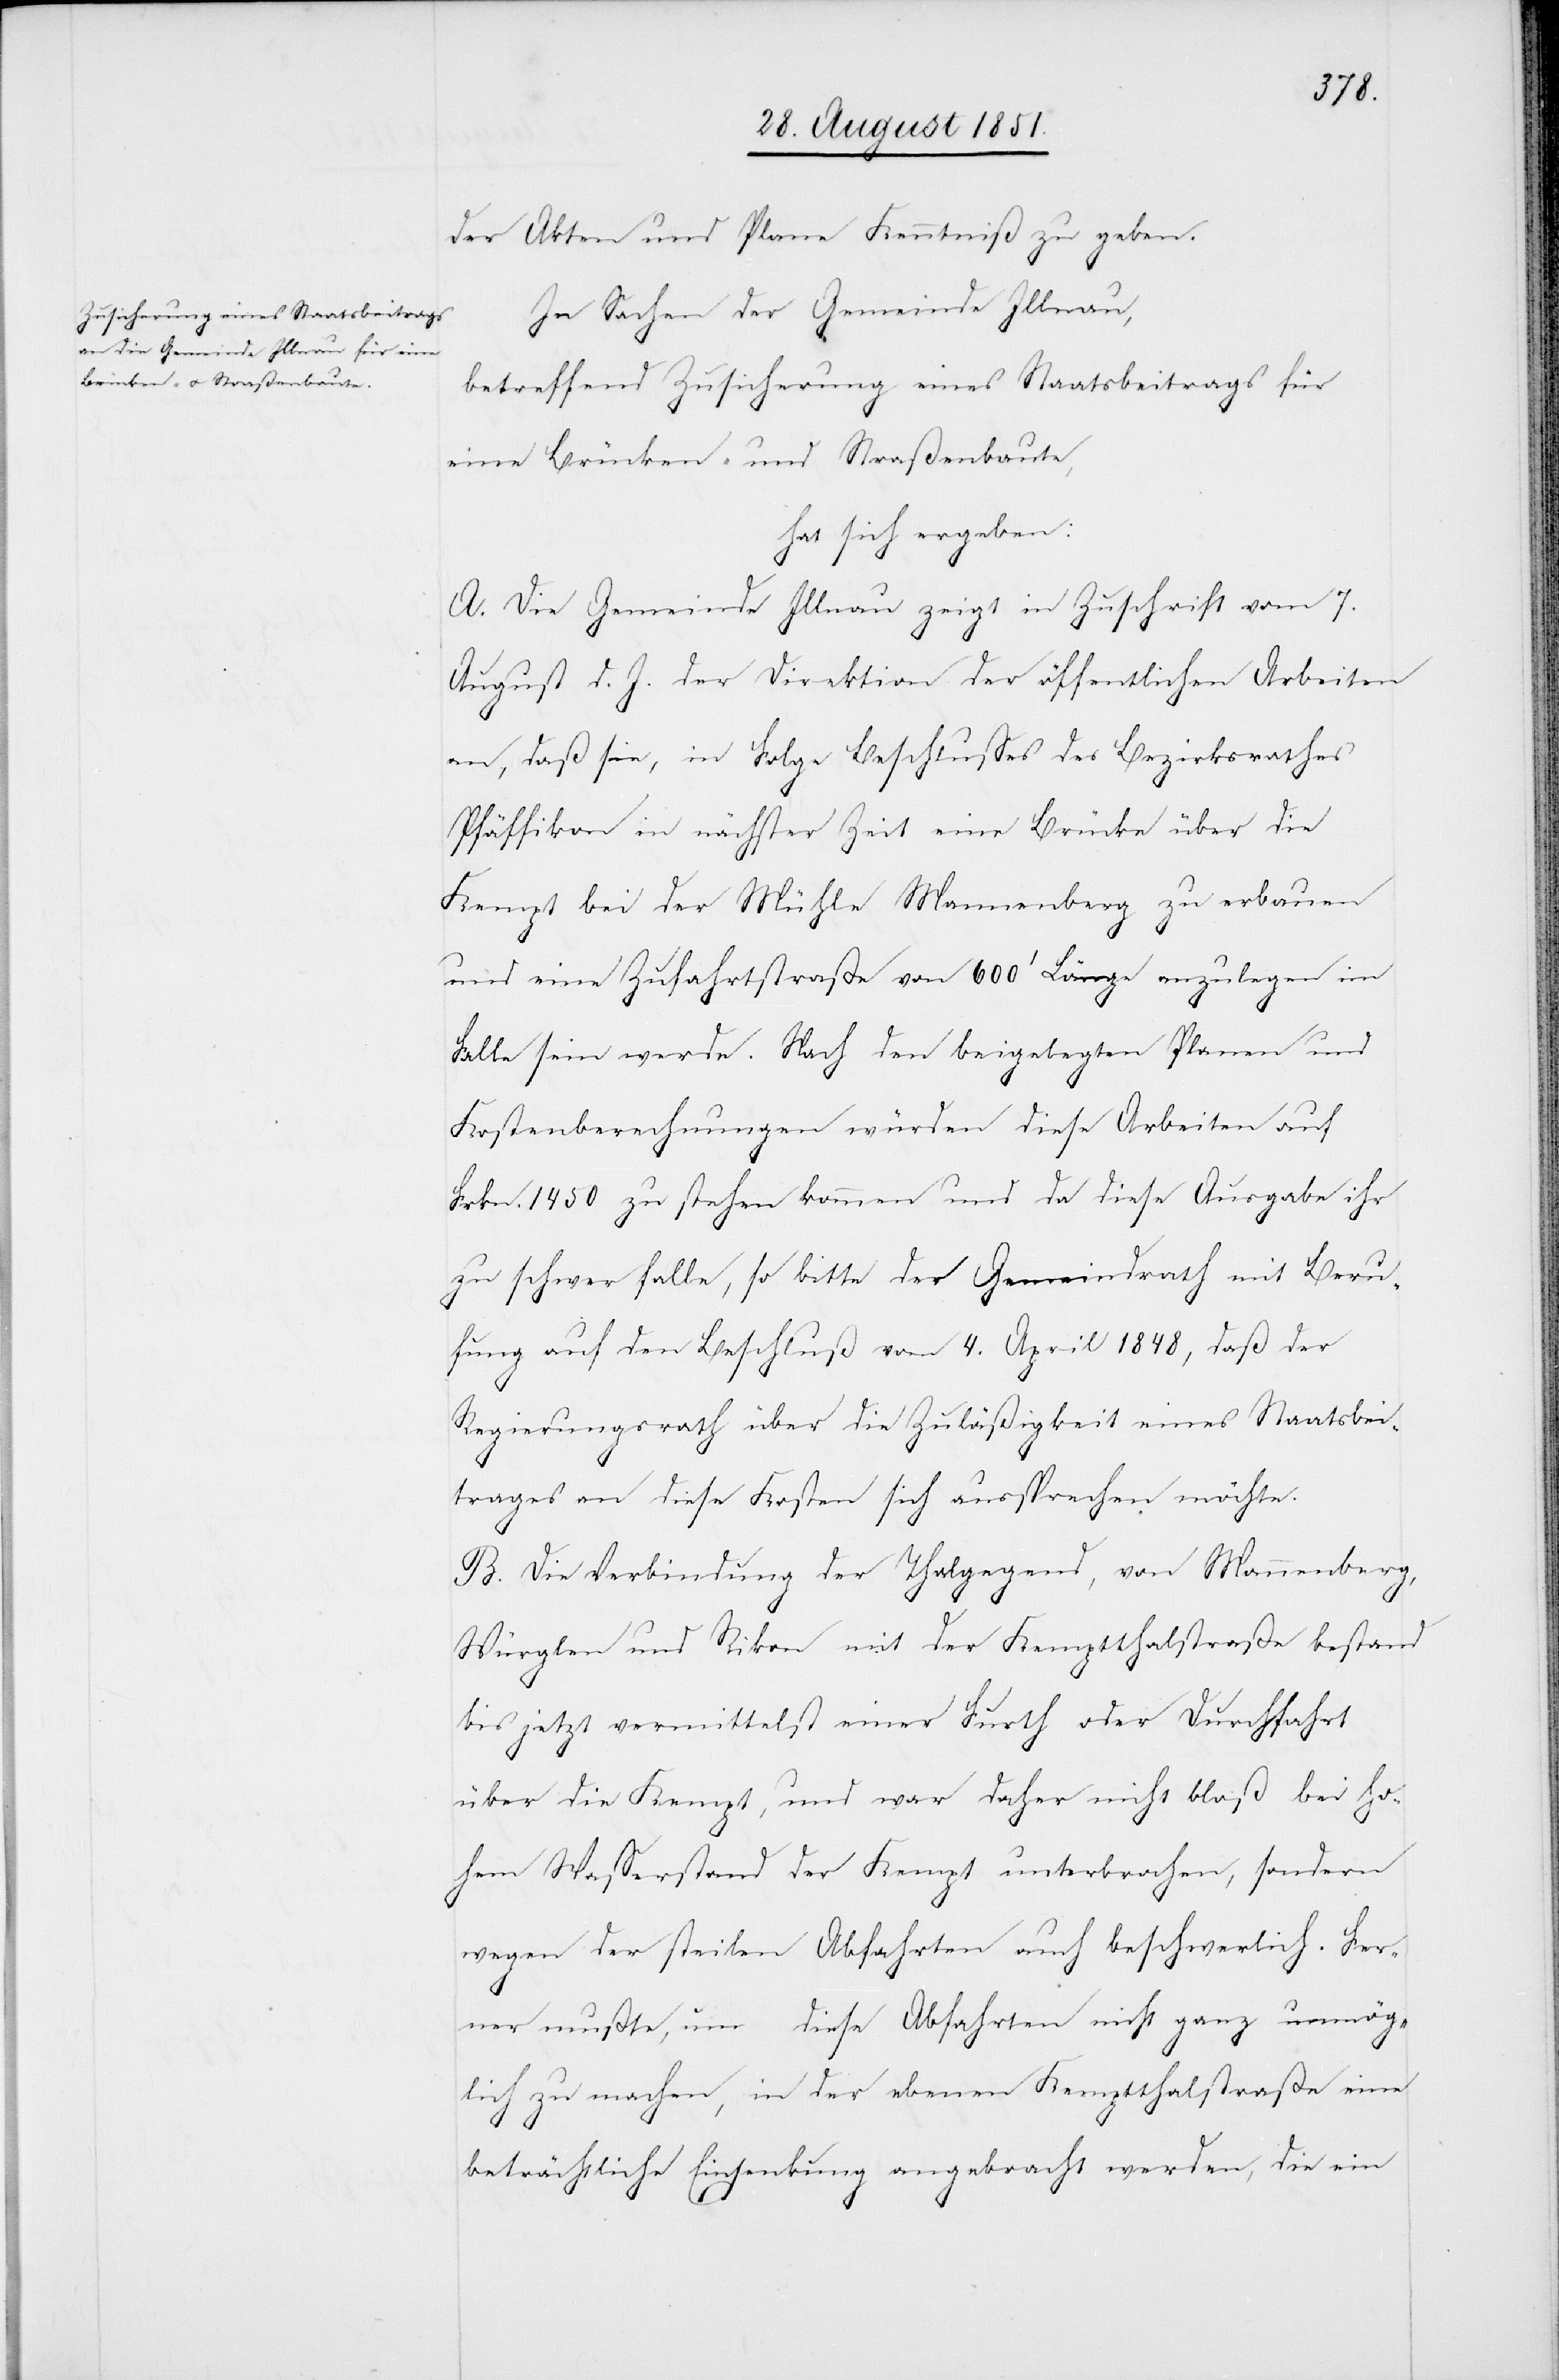
der Akten und Plane Kenntniß zu geben.
In Sachen der Gemeinde Illnau,
betreffend Zusicherung eines Staatsbeitrags für
eine Brücken- und Straßenbaute,
hat sich ergeben:
A. Die Gemeinde Illnau zeigt in Zuschrift vom 7.
August d. J. der Direktion der öffentlichen Arbeiten
an, daß sie, in Folge Beschlusses des Bezirksrathes
Pfäffikon in nächster Zeit eine Brücke über die
Kempt bei der Mühle Mannenberg zu erbauen
und eine Zufahrtstraße von 600‘ Länge anzulegen im
Falle sein werde. Nach den beigelegten Planen und
Kostenberechnungen würden diese Arbeiten auf
Frkn. 1450 zu stehen kommen und da diese Ausgabe ihr
zu schwer falle, so bitte der Gemeindrath mit Beru¬
fung auf den Beschluß vom 4. April 1848, daß der
Regierungsrath über die Zuläßigkeit eines Staatsbei¬
trages an diese Kosten sich aussprechen möchte.
B. Die Verbindung der Thalgegend, von Mannenberg,
Würglen und Rikon mit der Kemptthalstraße bestand
bis jetzt vermittelst einer Furth oder Durchfahrt
über die Kempt, und war daher nicht bloß bei ho¬
hem Wasserstand der Kempt unterbrochen, sondern
wegen der steilen Abfahrten auch beschwerlich. Fer¬
ner mußte, um diese Abfahrten nicht ganz unmög¬
lich zu machen, in der ebenen Kemptthalstraße eine
beträchtliche Einsenkung angebracht werden, die ein